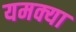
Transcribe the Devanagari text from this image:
यमक्या